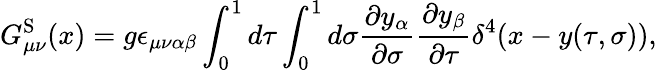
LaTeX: G_{\mu\nu}^{\mathrm{S}}(x)=g\epsilon_{\mu\nu\alpha\beta}\int_{0}^{1}d\tau\int_{0}^{1}d\sigma{\frac{\partial y_{\alpha}}{\partial\sigma}}{\frac{\partial y_{\beta}}{\partial\tau}}\delta^{4}(x-y(\tau,\sigma)),